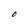
Character: O